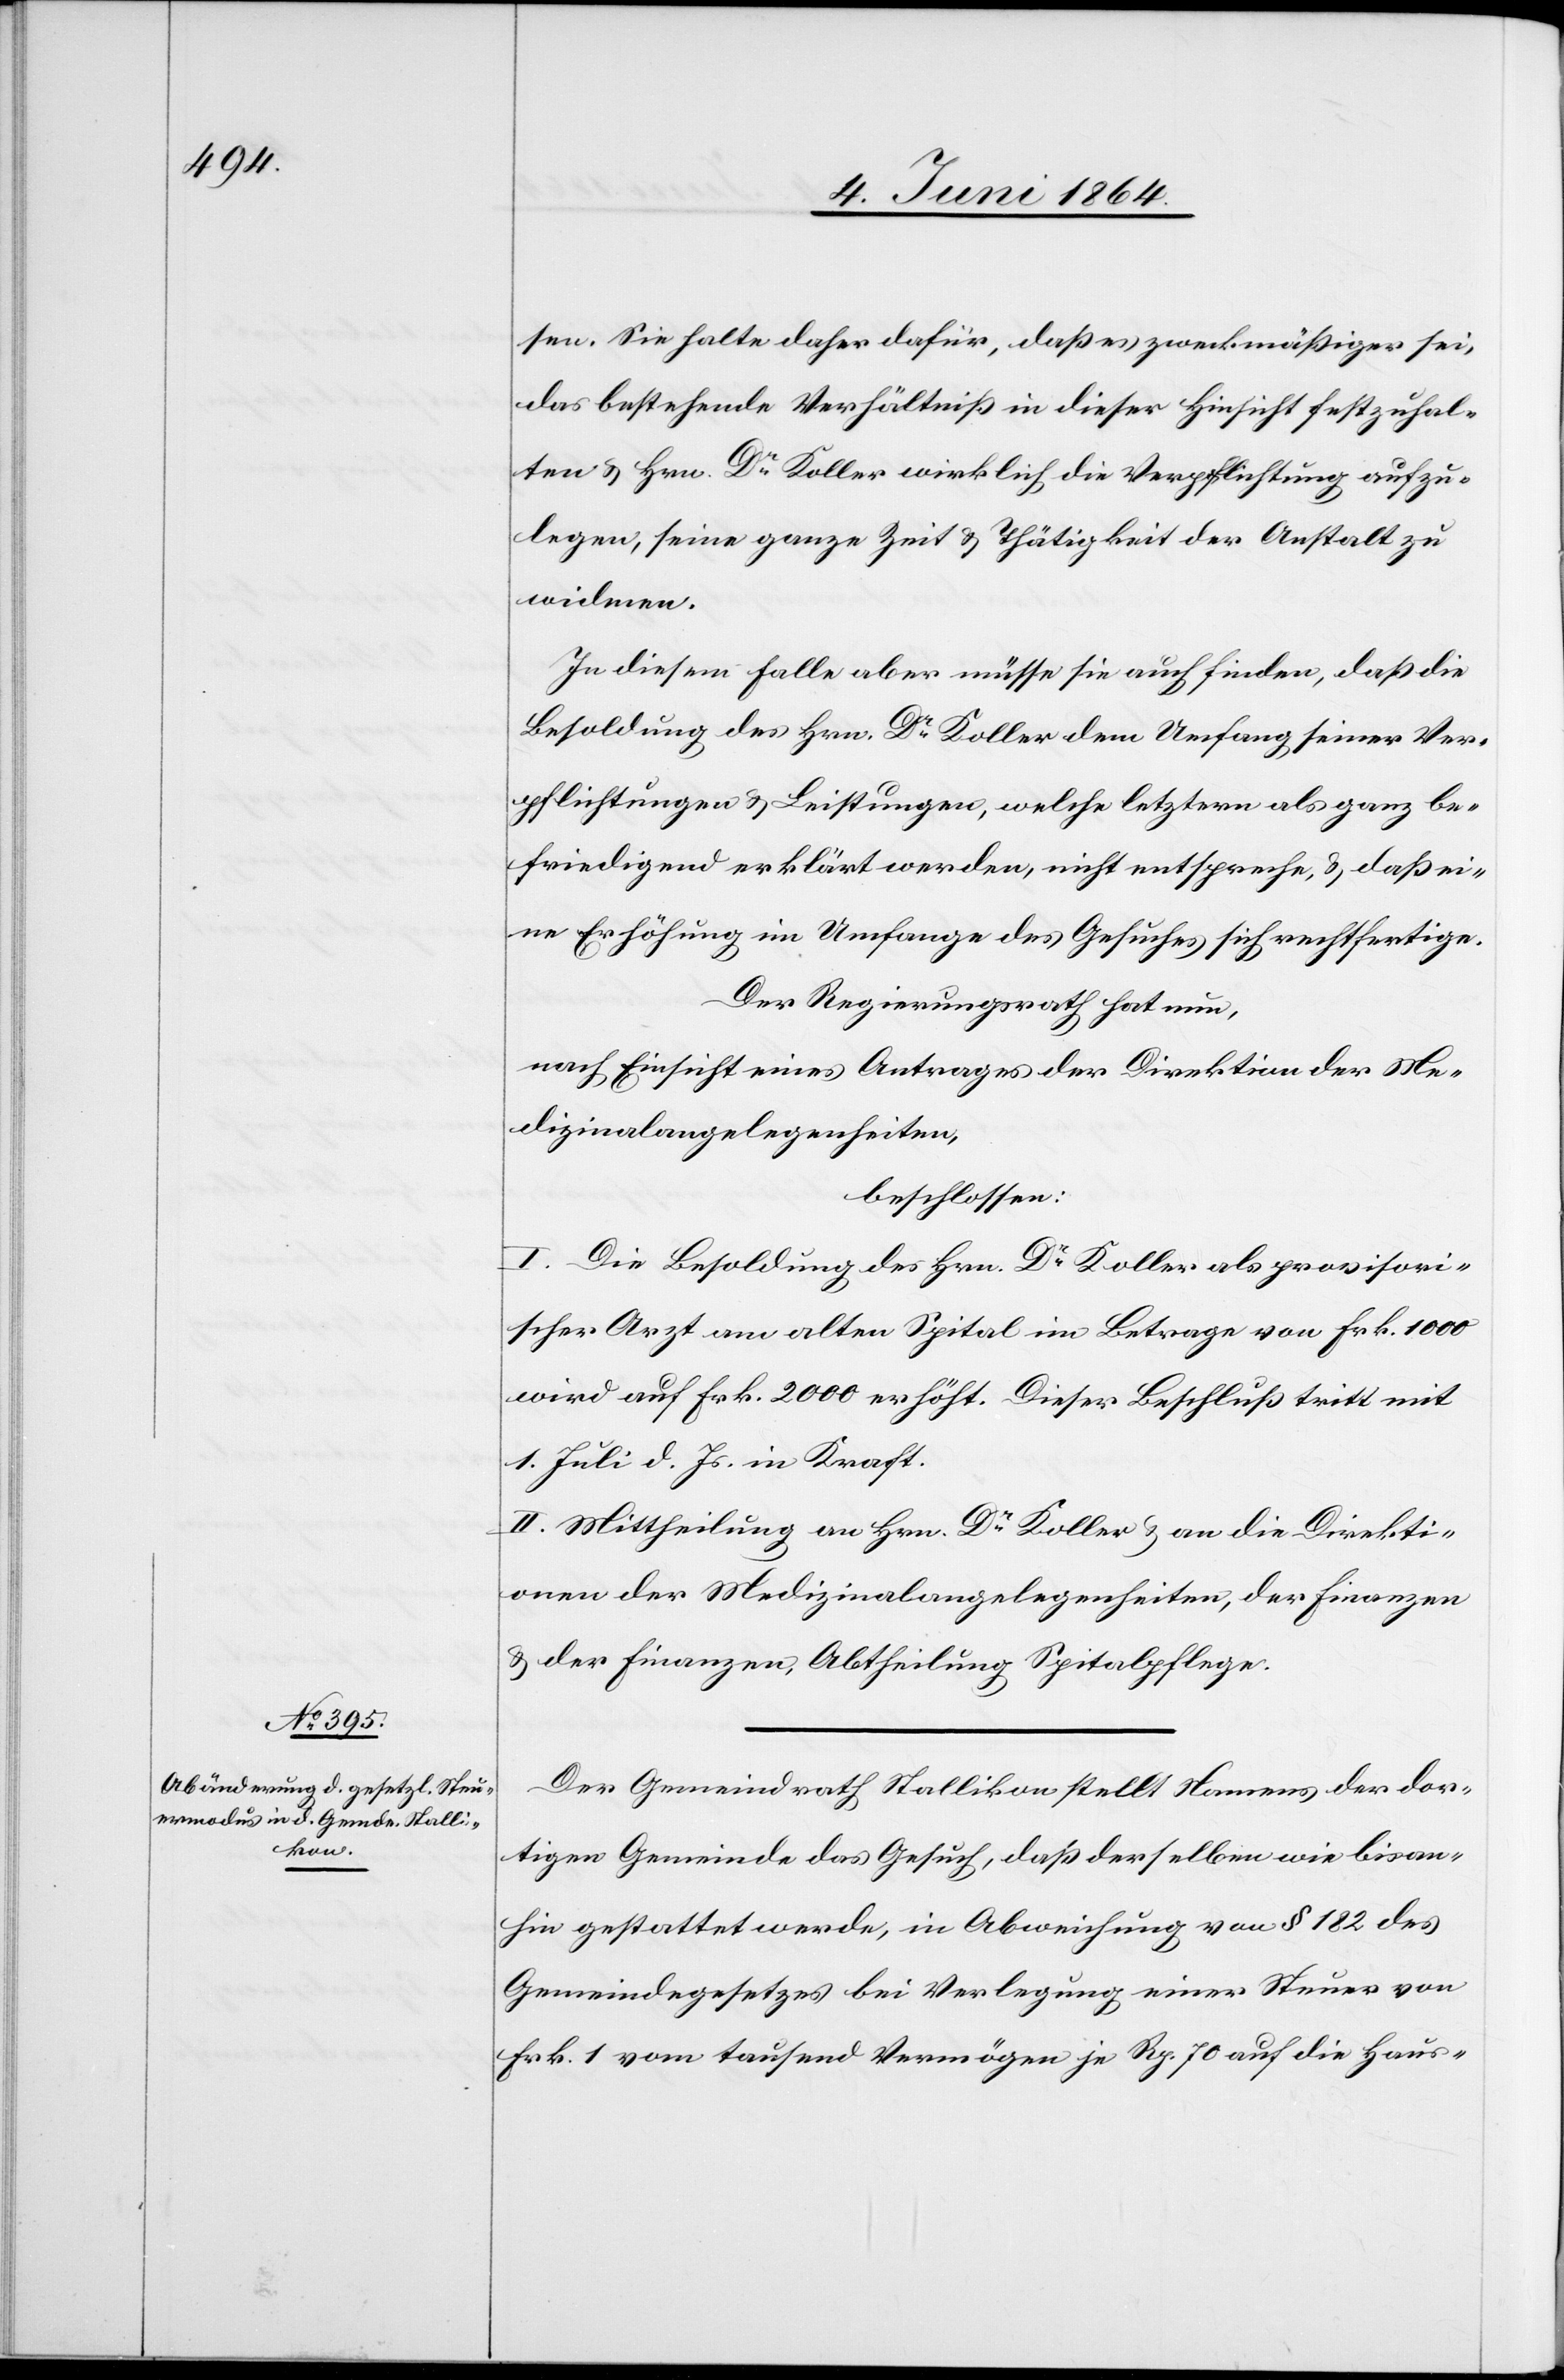
sen. Sie halte daher dafür, daß es zweckmäßiger sei,
das bestehende Verhältniß in dieser Hinsicht festzuhal¬
ten u. Hrn. Dr Koller wirklich die Verpflichtung aufzu¬
legen, seine ganze Zeit u. Thätigkeit der Anstalt zu
widmen.
In diesem Falle aber müsse sie auch finden, daß die
Besoldung des Hrn. Dr Koller dem Umfang seiner Ver¬
pflichtungen u. Leistungen, welche letztern als ganz be¬
friedigend erklärt werden, nicht entspreche, u. daß ei¬
ne Erhöhung im Umfange des Gesuches sich rechtfertige.
Der Regierungsrath hat nun,
nach Einsicht eines Antrages der Direktion der Me¬
dizinalangelegenheiten,
beschlossen:
I. Die Besoldung des Hrn. Dr Koller als provisori¬
scher Arzt am alten Spital im Betrage von Frk. 1000
wird auf Frk. 2000 erhöht. Dieser Beschluß tritt mit
1. Juli d. Js. in Kraft.
II. Mittheilung an Hrn. Dr Koller u. an die Direkti¬
onen der Medizinalangelegenheiten, der Finanzen
u. der Finanzen, Abtheilung Spitalpflege
Der Gemeindrath Stallikon stellt Namens der dor¬
tigen Gemeinde das Gesuch, daß derselben wie bisan¬
hin gestattet werde, in Abweichung von § 182 des
Gemeindegesetzes bei Verlegung einer Steuer von
Frk. 1 vom tausend Vermögen je Rp. 70 auf die Haus-